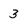
Character: 3